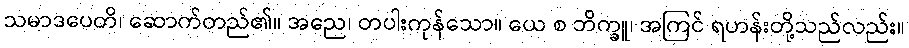
သမာဒပေတိ၊ ဆောက်တည်၏။ အညေ၊ တပါးကုန်သော။ ယေ စ ဘိက္ခူ၊ အကြင် ရဟန်းတို့သည်လည်း။